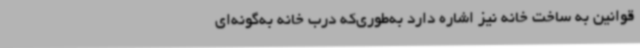
قوانین به ساخت خانه نیز اشاره دارد به‌طوری‌که درب خانه به‌گونه‌ای